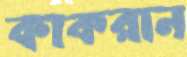
কাকরান